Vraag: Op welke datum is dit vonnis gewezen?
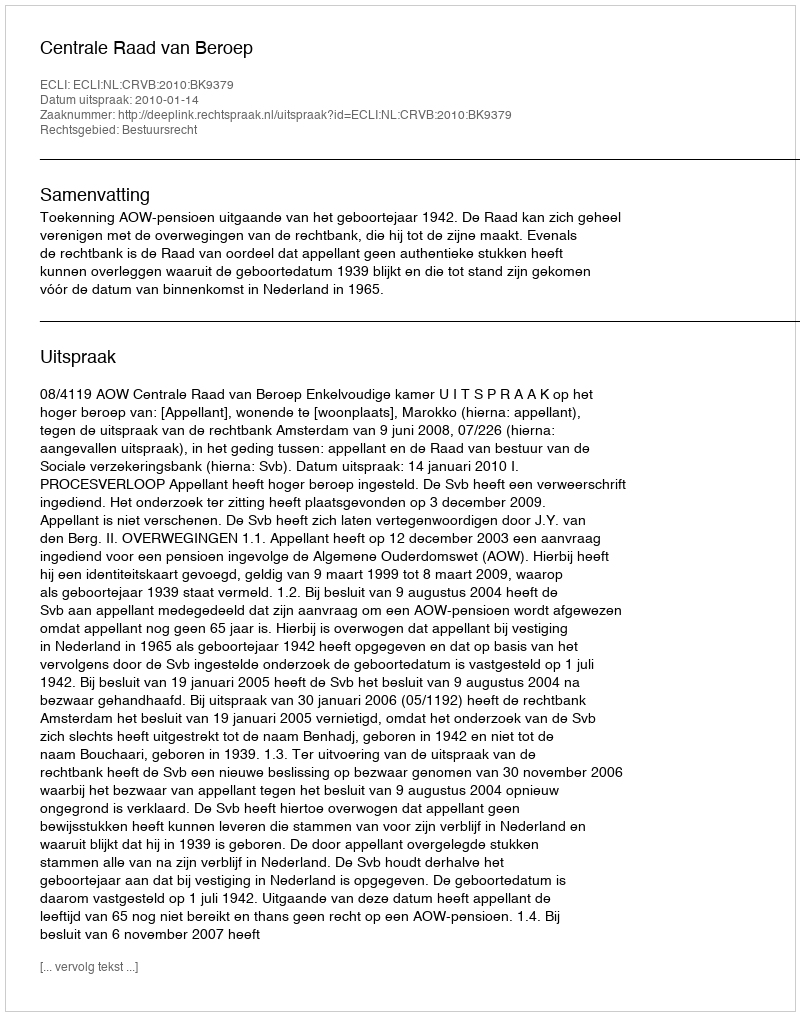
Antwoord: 2010-01-14